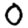
Digit: 0